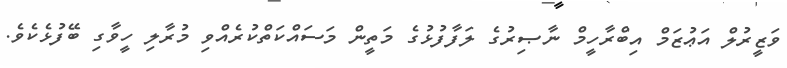
ވަޒީރުލް އަޢުޒަމް އިބްރާހީމް ނާޞިރުގެ ލަފާފުޅުގެ މަތީން މަސައްކަތްކުރެއްވި މުރާލި ހީވާގި ބޭފުޅެކެވެ.